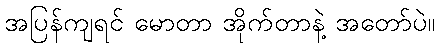
အပြန်ကျရင် မောတာ အိုက်တာနဲ့ အတော်ပဲ။